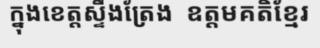
ក្នុងខេត្តស្ទឹងត្រែង  ឧត្តមគតិខ្មែរ